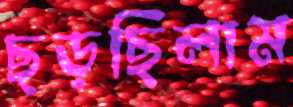
ছড়ছিলাম